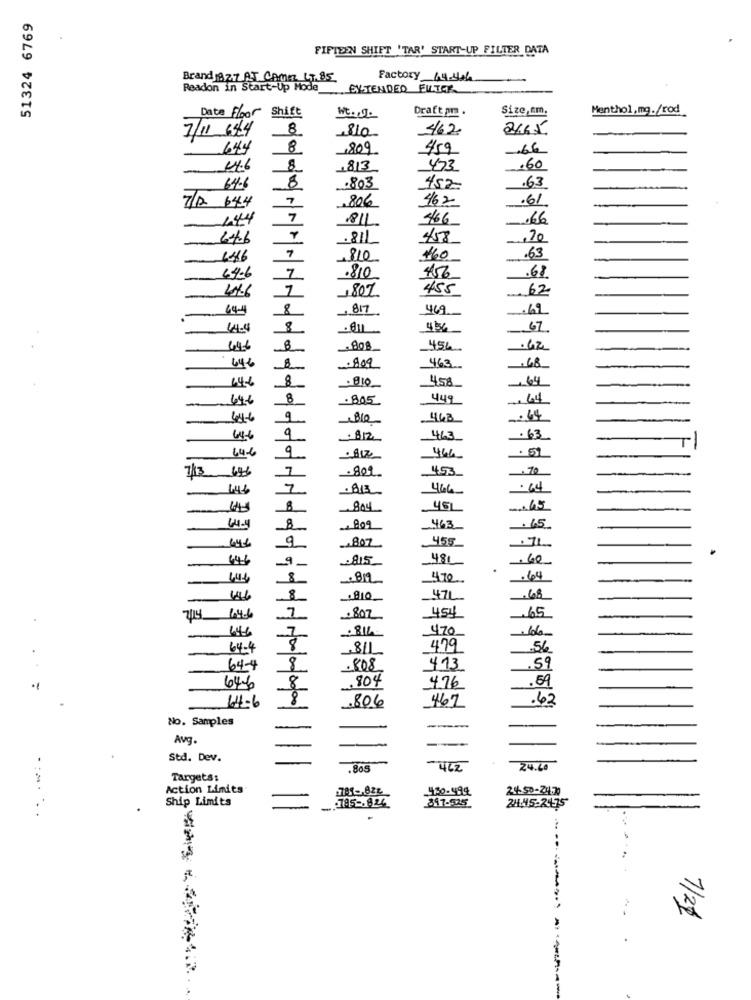
51324 6769
FIFTEEN SHIFT 'TAR' START-UP FILTER DATA
Brand 182.7 AT CAMEZ 1.85
Factory 64.46
Readon in Start-Up Hode
EVSTENDED FILTER
Shift
Draft am .
Size,em.
Menthol,mg./rod
Date Floor
Wt. I.
8
810
462
2665
7/11 644
644
8
809.
459
66
44.6
8
1813
473
,60
64.6
8
803
452
.63
7
806
.61
7/2 644
467
444
7
RIL.
66
466
6.4.6
458
,70
7
146
810
160
.63
64.6
7
.810
456
.68
41.6
7
1807
455
62
44.4
469
61
8
646
808
456
62
646
463
48
-64
64-6
458
646
8
805
449
64
44-6
فلقدـ
463
46
9
-812
463
63
64.6
466
7/3 696
80t
453
446
466
804
45L
-165
463
65
9
646
807
455
7L
646
9_
480
-60
444
812
470
-64
8
47L
68
7
2/19 64.6
2807
454
65
470
66
64.4
00
479
56
64-4
-808
413
.59
904
.54
64-6
4.76
.806
.62
14-6
467
No. Samples
-
Avg.
-
Std. Dev.
-
24.40
.805
-462
Targets:
Action Limits
430-494
24.50-24.70
Ship Limits
795 -. 824
847-925
24.45-2475
7/21